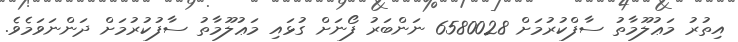
އިތުރު މަޢުލޫމާތު ސާފްކުރުމަށް 6580028 ނަންބަރު ފޯނަށް ގުޅައި މަޢުލޫމާތު ސާފުކުރުމަށް ދަންނަވަމެވެ.